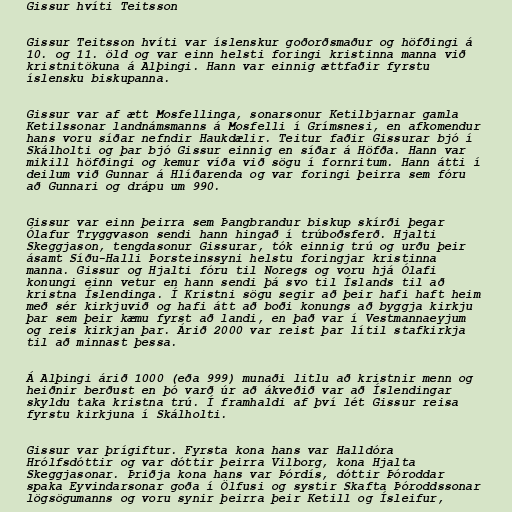
Gissur hvíti Teitsson

Gissur Teitsson hvíti var íslenskur goðorðsmaður og höfðingi á
10. og 11. öld og var einn helsti foringi kristinna manna við
kristnitökuna á Alþingi. Hann var einnig ættfaðir fyrstu
íslensku biskupanna.

Gissur var af ætt Mosfellinga, sonarsonur Ketilbjarnar gamla
Ketilssonar landnámsmanns á Mosfelli í Grímsnesi, en afkomendur
hans voru síðar nefndir Haukdælir. Teitur faðir Gissurar bjó í
Skálholti og þar bjó Gissur einnig en síðar á Höfða. Hann var
mikill höfðingi og kemur víða við sögu í fornritum. Hann átti í
deilum við Gunnar á Hlíðarenda og var foringi þeirra sem fóru
að Gunnari og drápu um 990.

Gissur var einn þeirra sem Þangbrandur biskup skírði þegar
Ólafur Tryggvason sendi hann hingað í trúboðsferð. Hjalti
Skeggjason, tengdasonur Gissurar, tók einnig trú og urðu þeir
ásamt Síðu-Halli Þorsteinssyni helstu foringjar kristinna
manna. Gissur og Hjalti fóru til Noregs og voru hjá Ólafi
konungi einn vetur en hann sendi þá svo til Íslands til að
kristna Íslendinga. Í Kristni sögu segir að þeir hafi haft heim
með sér kirkjuvið og hafi átt að boði konungs að byggja kirkju
þar sem þeir kæmu fyrst að landi, en það var í Vestmannaeyjum
og reis kirkjan þar. Árið 2000 var reist þar lítil stafkirkja
til að minnast þessa.

Á Alþingi árið 1000 (eða 999) munaði litlu að kristnir menn og
heiðnir berðust en þó varð úr að ákveðið var að Íslendingar
skyldu taka kristna trú. Í framhaldi af því lét Gissur reisa
fyrstu kirkjuna í Skálholti.

Gissur var þrígiftur. Fyrsta kona hans var Halldóra
Hrólfsdóttir og var dóttir þeirra Vilborg, kona Hjalta
Skeggjasonar. Þriðja kona hans var Þórdís, dóttir Þóroddar
spaka Eyvindarsonar goða í Ölfusi og systir Skafta Þóroddssonar
lögsögumanns og voru synir þeirra þeir Ketill og Ísleifur,